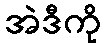
အဲဒီကို